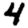
Digit: 4